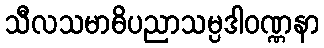
သီလသမာဓိပညာသမ္ပဒါဝဏ္ဏနာ